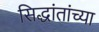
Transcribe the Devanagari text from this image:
सिद्धांतांच्या